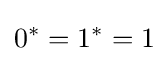
0^{*}=1^{*}=1